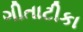
ગીતાટીકા